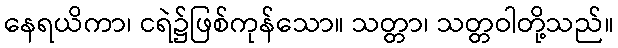
နေရယိကာ၊ ငရဲ၌ဖြစ်ကုန်သော။ သတ္တာ၊ သတ္တဝါတို့သည်။